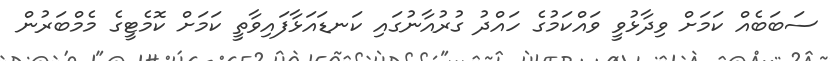
ސަބަބެއް ކަމަށް ވިދާޅުވީ ވައްކަމުގެ ހައްދު ގުރުއާނުގައި ކަނޑައަޅާފައިވާތީ ކަމަށް ކޮމެޓީގެ މެމްބަރުން